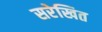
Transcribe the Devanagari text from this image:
सरेखित